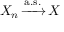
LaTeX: \displaystyle X _ { n } \, { \xrightarrow { \mathrm { a . s . } } } \, X